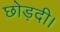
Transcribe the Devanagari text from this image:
छोड़दी।